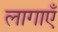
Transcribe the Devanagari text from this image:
लागाएँ